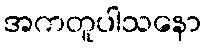
အကတူပါသနော